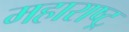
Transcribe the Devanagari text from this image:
महाराष्ट्र